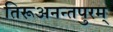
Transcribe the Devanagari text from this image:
तिरूअनन्तपुरम्